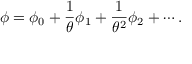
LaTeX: \phi = \phi _ { 0 } + { \frac { 1 } { \theta } } \phi _ { 1 } + { \frac { 1 } { \theta ^ { 2 } } } \phi _ { 2 } + \cdots .